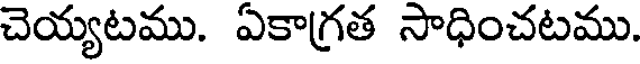
చెయ్యటము. ఏకాగ్రత సాధించటము.